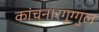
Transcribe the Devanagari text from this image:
कांचनारगुग्गुल